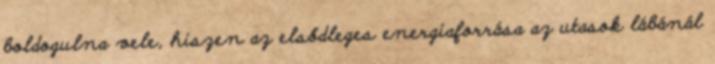
boldogulna vele, hiszen az elsődleges energiaforrása az utasok lábánál